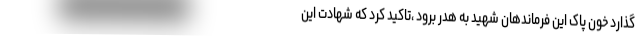
گذارد خون پاک این فرماندهان شهید به هدر برود ،تاکید کرد که شهادت این